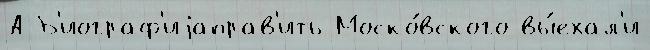
А Б'иограф'иjаправ'ить Моско́вского вы́ехал'и